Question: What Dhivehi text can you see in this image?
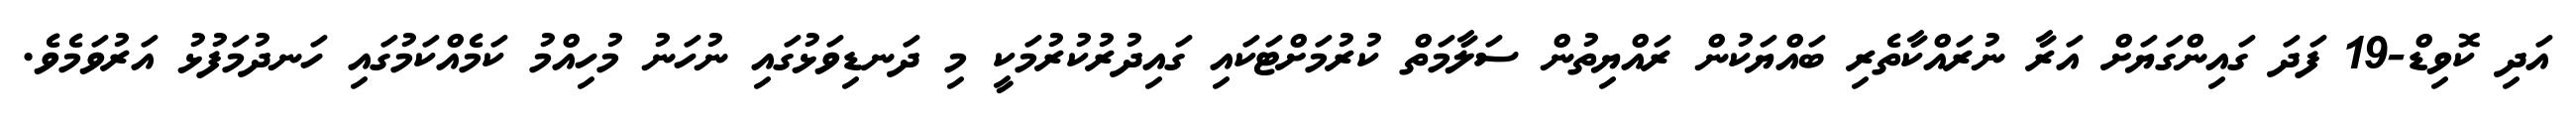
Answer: އަދި ކޮވިޑް-19 ފަދަ ގައިންގަޔަށް އަރާ ނުރައްކާތެރި ބައްޔަކުން ރައްޔިތުން ސަލާމަތް ކުރުމަށްޓަކައި ގައިދުރުކުރުމަކީ މި ދަނޑިވަޅުގައި ނުހަނު މުހިއްމު ކަމެއްކަމުގައި ހަނދުމަފުޅު އަރުވަމެވެ.